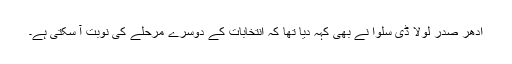
اُدھر صدر لولا ڈی سلوا نے بھی کہہ دیا تھا کہ انتخابات کے دوسرے مرحلے کی نوبت آ سکتی ہے۔